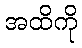
အထိကို